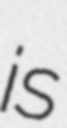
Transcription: is